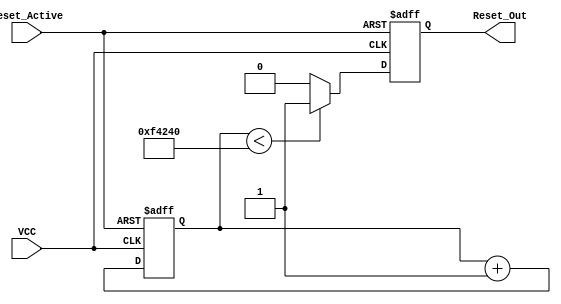
module PowerOnReset (
    input wire VCC,                // Power supply voltage signal
    input wire Reset_Active,       // Control signal to assert reset
    output reg Reset_Out           // Output reset signal
);

    // Parameters
    parameter RESET_DURATION = 1000000; // Duration of reset in clock cycles (adjust as needed)
    parameter VCC_THRESHOLD = 1'b1;      // Threshold for VCC to be considered stable

    // Internal signals
    reg [19:0] counter;            // Counter for reset duration
    reg stable_power;              // Indicates if power is stable

    // State machine for reset logic
    always @(posedge VCC or posedge Reset_Active) begin
        if (Reset_Active) begin
            Reset_Out <= 1'b1;     // Assert reset if Reset_Active is high
            counter <= 0;          // Reset counter
            stable_power <= 1'b0;  // Power is not stable
        end else if (VCC == VCC_THRESHOLD) begin
            stable_power <= 1'b1;  // Power is stable
            counter <= counter + 1; // Increment counter
            if (counter < RESET_DURATION) begin
                Reset_Out <= 1'b1; // Keep reset asserted
            end else begin
                Reset_Out <= 1'b0; // Deassert reset after duration
            end
        end else begin
            Reset_Out <= 1'b1;     // Keep reset asserted if VCC is low
            counter <= 0;          // Reset counter
            stable_power <= 1'b0;  // Power is not stable
        end
    end

    // Initial condition
    initial begin
        Reset_Out = 1'b1;          // Assert reset initially
        counter = 0;               // Initialize counter
        stable_power = 1'b0;       // Power is not stable
    end

endmodule